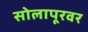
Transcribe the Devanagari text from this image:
सोलापूरवर